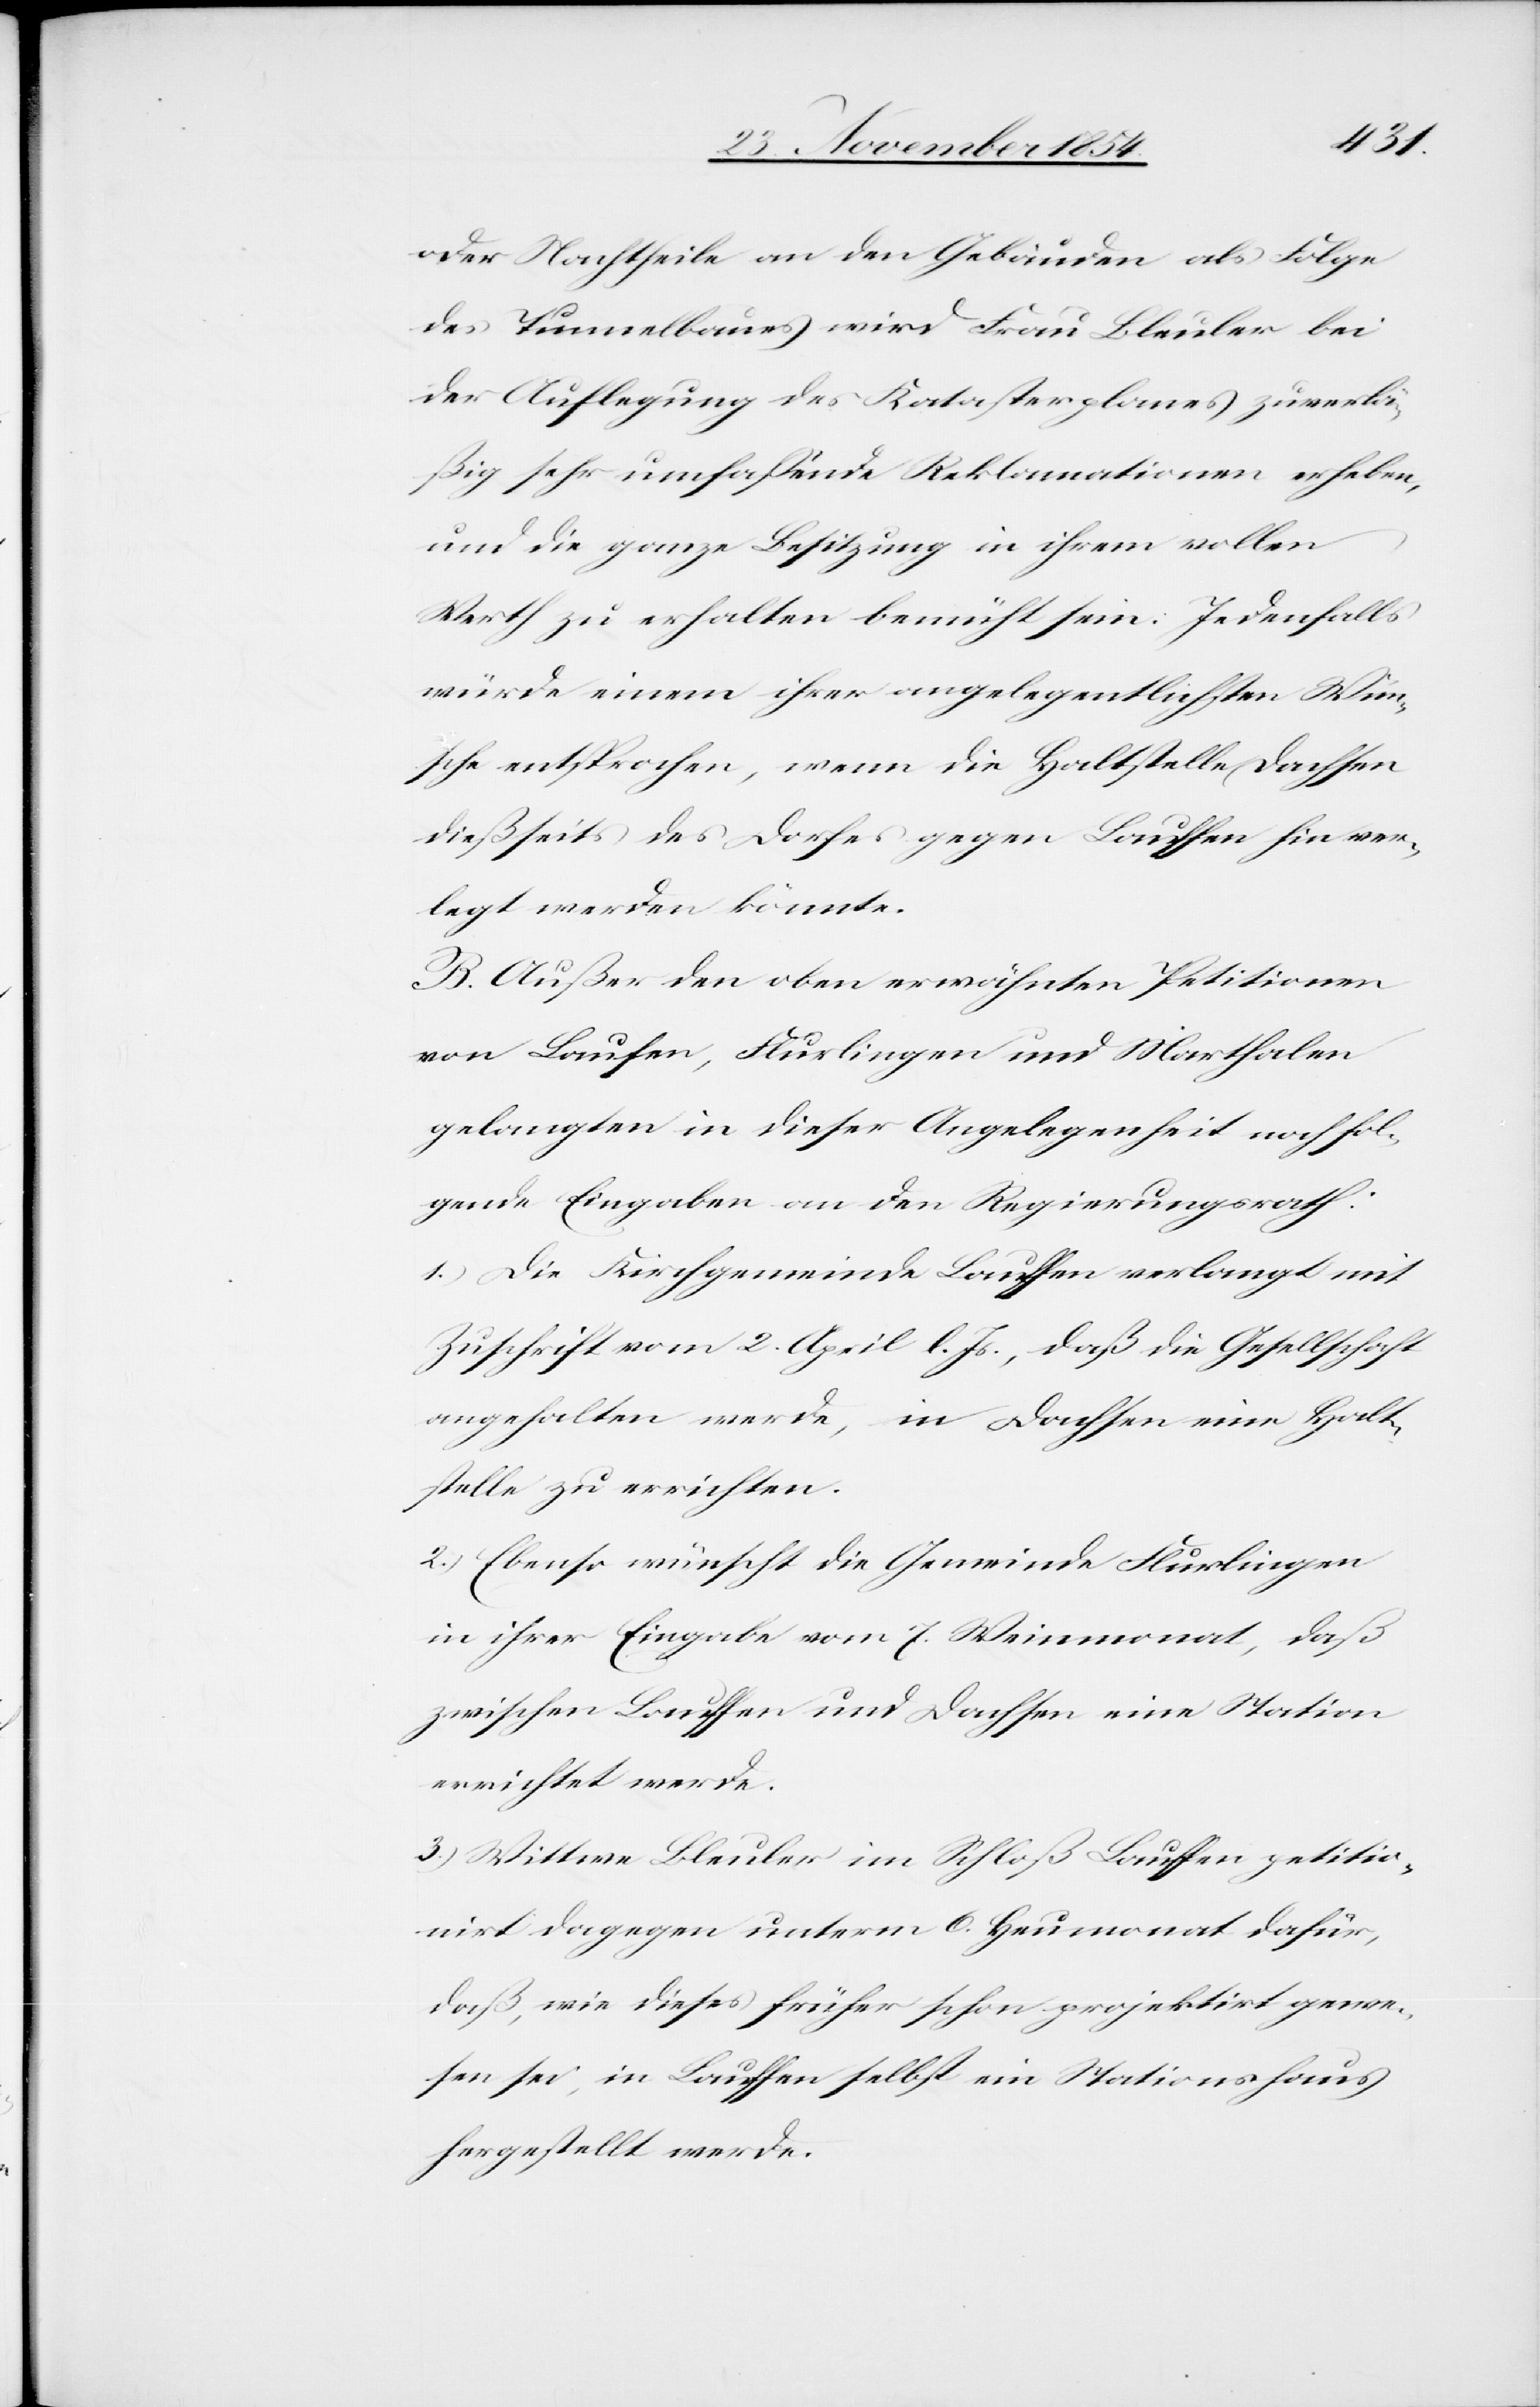
oder Nachtheile an den Gebäuden als Folge
des Tunnelbaues wird Frau Bleuler bei
der Auflegung des Katasterplanes zuverlä¬
ßig sehr umfaßende Reklamationen erheben,
und die ganze Besitzung in ihrem vollen
Werth zu erhalten bemüht sein. Jedenfalls
würde einem ihrer angelegentlichsten Wün¬
sche entsprochen, wenn die Haltstelle Dachsen
dießseits des Dorfes gegen Lauffen hin ver¬
legt werden könnte.
B. Außer den oben erwähnten Petitionen
von Laufen, Flurlingen und Marthalen
gelangten in dieser Angelegenheit noch fol¬
gende Eingaben an den Regierungsrath:
1.) Die Kirchgemeinde Lauffen verlangt mit
Zuschrift vom 2. April l. Js., daß die Gesellschaft
angehalten werde, in Dachsen eine Halt¬
stelle zu errichten.
2.) Ebenso wünscht die Gemeinde Flurlingen
in ihrer Eingabe vom 7. Weinmonat, daß
zwischen Lauffen und Dachsen eine Station
errichtet werde.
3.) Wittwe Bleuler im Schloß Lauffen petitio¬
nirt dagegen unterm 6. Heumonat dafür,
daß, wie dieses früher schon projektirt gewe¬
sen sei, in Lauffen selbst ein Stationshaus
hergestellt werde.